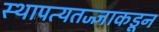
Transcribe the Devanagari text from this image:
स्थापत्यतज्‍ज्ञाकडून